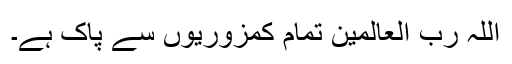
اللہ رب العالمین تمام کمزوریوں سے پاک ہے۔